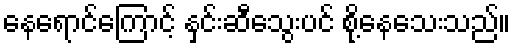
နေရောင်ကြောင့် နှင်းဆီသွေးပင် စို့နေသေးသည်။